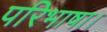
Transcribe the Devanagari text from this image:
परिभाषा।